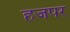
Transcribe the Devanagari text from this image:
हजपर